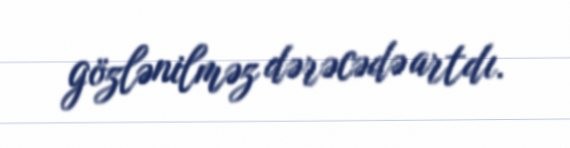
gözlənilməz dərəcədə artdı.